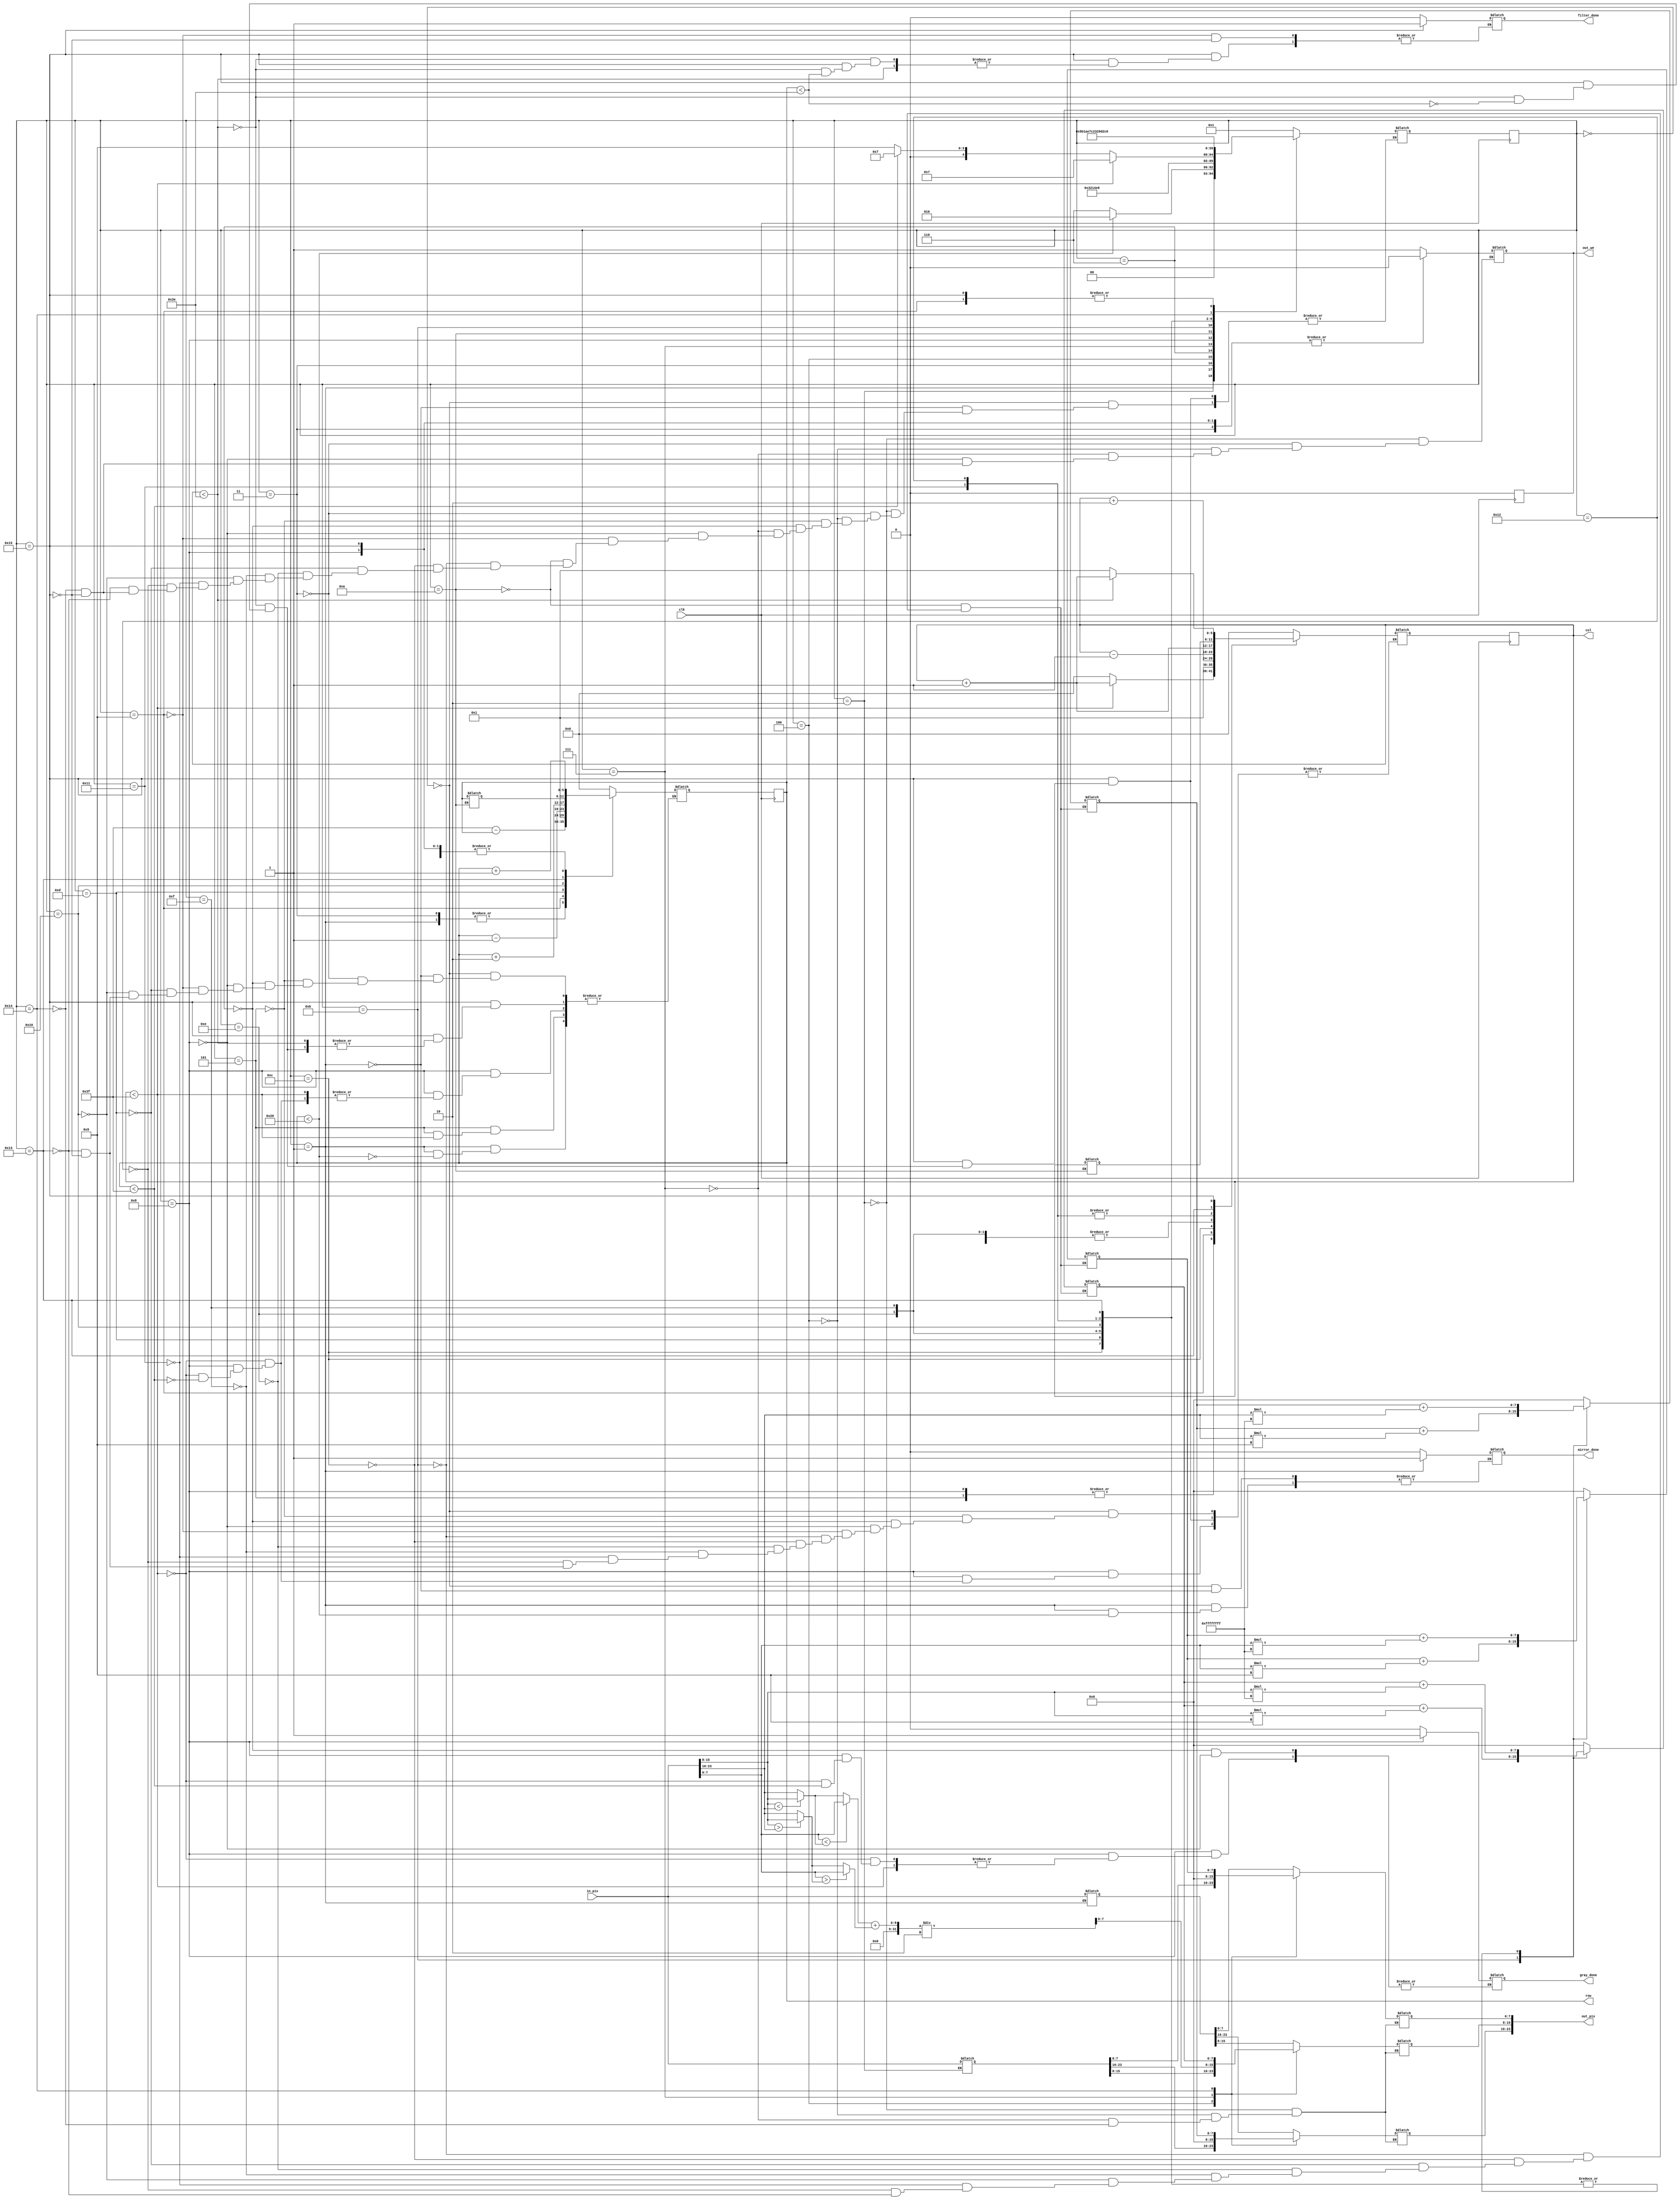
`timescale 1ns / 1ps

module process(
	input clk,				// clock 
	input [23:0] in_pix,	// valoarea pixelului de pe pozitia [in_row, in_col] din imaginea de intrare (R 23:16; G 15:8; B 7:0)
	output reg [5:0] row, col, 	// selecteaza un rand si o coloana din imagine
	output reg out_we, 			// activeaza scrierea pentru imaginea de iesire (write enable)
	output reg [23:0] out_pix,	// valoarea pixelului care va fi scrisa in imaginea de iesire pe pozitia [out_row, out_col] (R 23:16; G 15:8; B 7:0)
	output reg mirror_done,		// semnaleaza terminarea actiunii de oglindire (activ pe 1)
	output reg gray_done,		// semnaleaza terminarea actiunii de transformare in grayscale (activ pe 1)
	output reg filter_done);	// semnaleaza terminarea actiunii de aplicare a filtrului de sharpness (activ pe 1)
	
	// TODO add your finite state machines here

// Parameters for finite state machine
reg [5:0] next_row, next_col;

parameter mirror_0 = 0;	// declaring the states of the finite state machine
parameter mirror_1 = 1;
parameter mirror_2 = 2;
parameter mirror_3 = 3;
parameter mirror_4 = 4;
parameter mirror_5 = 5;

parameter grayscale_0 = 6;
parameter grayscale_1 = 7;
parameter grayscale_2 = 8;

parameter filter_0 = 9;
parameter filter_1 = 10;
parameter filter_2 = 11;
parameter filter_3 = 12;
parameter filter_4 = 13;
parameter filter_5 = 14;
parameter filter_6 = 15;
parameter filter_7 = 16;
parameter filter_8 = 17;
parameter filter_9 = 18;
parameter filter_10 = 19;
parameter filter_11 = 20;
parameter filter_12 = 21;

reg [4:0] state = mirror_0;
reg [4:0] next_state = mirror_0;

// Parameters for mirror
reg [23:0] aux1_pix;	// auxiliary pixel 1, to retain the current pixel value
reg [23:0] aux2_pix;	// auxiliary pixel 2, to retain the mirrored pixel value

// Parameters for grayscale
reg [7:0] R;	// Red channel
reg [7:0] G;	// Green channel
reg [7:0] B;	// Blue channel

reg [7:0] max_value;	// maximum value between the rgb values
reg [7:0] min_value;	// minimum value between the rgb values
reg [7:0] gray_value;	// grayscale value

// Parameters for filter
reg [5:0] aux_row;	// auxiliary row, to retain the original row
reg [5:0] aux_col;	// auxiliary column, to retain the original column
reg [23:0] sum;	// sum of the filter, to be written in the output pixel

// Finite State Machine

always @(posedge clk) begin	// the finite state machine is activated on the rising edge of the clock
	state <= next_state;	// the current state is updated with the next state
    row <= next_row;	// the row is updated with the next row
    col <= next_col;	// the column is updated with the next column
	out_we = 0; 
end

always @(*) begin	// the finite state machine is activated on any change of clock or input
	case (state)
		// Mirror
		mirror_0: begin	// initial state for the mirror parameters
		    next_row = 0;
			next_col = 0;
			mirror_done = 0;
			next_state = mirror_1;
			end
			  
		mirror_1: begin	// retaining the current pixel value in aux1_pix
        	aux1_pix = in_pix;
			if(row < 32) begin	// if the row is less than 32, we are in the upper half of the image
			    next_row = 63 - row;	// the next row is the mirror of the current row
				next_state = mirror_2;
			end
			else begin	// else, the whole image was processed and mirror_done is activated
				mirror_done = 1;
				next_state = grayscale_0;
			end
		end
		  
		mirror_2: begin	// retaining the mirrored pixel value in aux2_pix
		    aux2_pix = in_pix;	
			out_we = 1;
			out_pix = aux1_pix;	// writing the current pixel value in the mirrored output pixel
			next_state = mirror_3;
		end 

		mirror_3: begin
			out_we = 0;
			next_row = 63 - row;	// the next row is the mirrored again, to the current row of the original pixel 
			next_state = mirror_4;
		end
			
		mirror_4: begin
			out_we = 1;
			out_pix = aux2_pix;	// writing the mirrored pixel value in the current output pixel
			next_state = mirror_5;
		end	  

        mirror_5: begin
        	if(col < 63) begin	// if the column is less than 63, we are not at the end of the row
				next_col = col + 1;	// and we move to the next column
			end
			else begin	// else, we are at the end of the row
			    next_row = row + 1;	// and we move to the next row
				next_col = 0;	// and reset the column to 0
			end
			next_state = mirror_1;
        end

		// Grayscale 	
		grayscale_0: begin	// inital state for the grayscale parameters
			next_row = 0;
			next_col = 0;
			gray_done = 0;
			next_state = grayscale_1;
		end
			
		grayscale_1: begin	// retaining the rgb values in separate variables
			R = in_pix[23:16];
			G = in_pix[15:8];
			B = in_pix[7:0];
				
			max_value = R;	// determining the max/min value between the rgb values
			min_value = R;
				
			if(G > max_value)
				max_value = G;
				
			if(G < min_value)
				min_value = G;
				
			if(B > max_value)
				max_value = B;
				
			if(B < min_value)
				min_value = B;
				
			gray_value = (min_value + max_value) / 2;	// calculate the grayscale value
			out_we = 1;
			out_pix[7:0] = 0;	// write the grayscale value in the Green channel
			out_pix[15:8] = gray_value;	// the Red and Blue channels are set to 0
			out_pix[23:16] = 0;
				
			next_state = grayscale_2;
		end
			
		grayscale_2: begin
			out_we = 0;
			if(col < 63) begin // if the column is less than 63, we are not at the end of the row
				next_col = col + 1;	// and we move to the next column
				next_state = grayscale_1;
			end
			else begin
				if(row < 63) begin	// else, if the row is less than 63, we are not at the end of the image
					next_row = row + 1;	// and we move to the next row
					next_col = 0;	// and reset the column to 0
					next_state = grayscale_1;
				end
				else begin
					gray_done = 1;
					next_state = filter_0;
				end
			end
		end
	
		// Filter
		filter_0 : begin	// initial state for the filter parameters
			next_row = 1;
			next_col = 1;
			filter_done = 0;
			next_state = filter_1;
		end

		filter_1: begin
			// retaining the original row and col
			aux_row = row;
			aux_col = col;

			// resetting the sum
			sum[23:16] = 0;
			sum[15:8] = 0;
			sum[7:0] = 0;

			next_state = filter_2;
		end

		filter_2: begin
			// middle line
			sum[23:16] = sum[23:16] + in_pix[23:16] * 9;	// the current pixel is multiplied by 9 and added to the sum
			sum[15:8] = sum[15:8] + in_pix[15:8] * 9;
			sum[7:0] = sum[7:0] + in_pix[7:0] * 9;
			next_col = col - 1;	

            next_state = filter_3;
        end

        filter_3: begin
			sum[23:16] = sum[23:16] + in_pix[23:16] * (-1);	// the left pixel is multiplied by -1 and added to the sum
			sum[15:8] = sum[15:8] + in_pix[15:8] * (-1);
			sum[7:0] = sum[7:0] + in_pix[7:0] * (-1);
			next_col = col + 2;

            next_state = filter_4;
        end

        filter_4: begin
			sum[23:16] = sum[23:16] + in_pix[23:16] * (-1);	// the right pixel is multiplied by -1 and added to the sum
			sum[15:8] = sum[15:8] + in_pix[15:8] * (-1);
			sum[7:0] = sum[7:0] + in_pix[7:0] * (-1);
			next_row = row - 1;

            next_state = filter_5;
        end
			// upper line
        filter_5: begin
			sum[23:16] = sum[23:16] + in_pix[23:16] * (-1);	// the upper right pixel is multiplied by -1 and added to the sum
			sum[15:8] = sum[15:8] + in_pix[15:8] * (-1);
			sum[7:0] = sum[7:0] + in_pix[7:0] * (-1);
			next_col = col - 1;

            next_state = filter_6;
        end

        filter_6: begin
			sum[23:16] = sum[23:16] + in_pix[23:16] * (-1);	// the upper pixel is multiplied by -1 and added to the sum
			sum[15:8] = sum[15:8] + in_pix[15:8] * (-1);
			sum[7:0] = sum[7:0] + in_pix[7:0] * (-1);
			next_col = col - 1;

            next_state = filter_7;
        end
        
			
        filter_7: begin
			sum[23:16] = sum[23:16] + in_pix[23:16] * (-1);	// the upper left pixel is multiplied by -1 and added to the sum
			sum[15:8] = sum[15:8] + in_pix[15:8] * (-1);
			sum[7:0] = sum[7:0] + in_pix[7:0] * (-1);
			next_row = row + 2;

            next_state = filter_8;
        end
			// lower line
        filter_8: begin
			sum[23:16] = sum[23:16] + in_pix[23:16] * (-1);	// the lower left pixel is multiplied by -1 and added to the sum
			sum[15:8] = sum[15:8] + in_pix[15:8] * (-1);
			sum[7:0] = sum[7:0] + in_pix[7:0] * (-1);
			next_col = col + 1;

            next_state = filter_9;
        end

        filter_9: begin
			sum[23:16] = sum[23:16] + in_pix[23:16] * (-1);	// the lower pixel is multiplied by -1 and added to the sum
			sum[15:8] = sum[15:8] + in_pix[15:8] * (-1);
			sum[7:0] = sum[7:0] + in_pix[7:0] * (-1);
			next_col = col + 1;

            next_state = filter_10;
        end

        filter_10: begin
			sum[23:16] = sum[23:16] + in_pix[23:16] * (-1);	// the lower right pixel is multiplied by -1 and added to the sum
			sum[15:8] = sum[15:8] + in_pix[15:8] * (-1);
			sum[7:0] = sum[7:0] + in_pix[7:0] * (-1);

			next_row = aux_row;	// the row and column are reset to the original values
			next_col = aux_col;

			next_state = filter_11;
		end

		filter_11: begin
            out_we = 1;
			out_pix[23:16] = sum[23:16];	// the sum is written in the output pixel
			out_pix[15:8] = sum[15:8];
			out_pix[7:0] = sum[7:0];

			next_state = filter_12;
		end

		filter_12: begin
			out_we = 0;
			if(col < 62) begin	// if the column is less than 62, we are not at the end of the row
				next_col = col + 1;	// and we move to the next column
				next_state = filter_1;
			end
			else begin
				if(row < 62) begin	// else, if the row is less than 62, we are not at the end of the image
					next_row = row + 1;	// and we move to the next row
					next_col = 1;	// and reset the column to 1
					next_state = filter_1;
				end
				else begin
					filter_done = 1;
				end
			end
		end

	endcase
end

endmodule